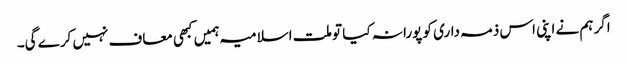
اگر ہم نے اپنی اس ذمہ داری کو پورا نہ کیا تو ملت اسلامیہ ہمیں کبھی معاف نہیں کرے گی۔